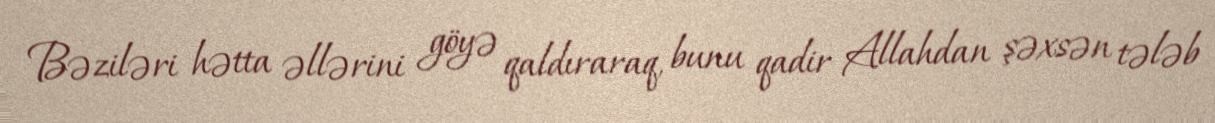
Bəziləri hətta əllərini göyə qaldıraraq, bunu qadir Allahdan şəxsən tələb